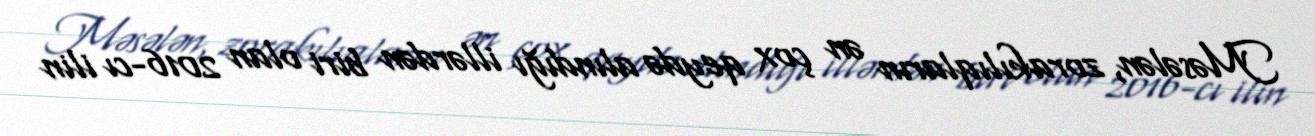
Məsələn, zorakılıqların ən çox qeydə alındığı illərdən biri olan 2016-cı ilin